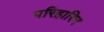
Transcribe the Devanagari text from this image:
परिहारिन